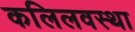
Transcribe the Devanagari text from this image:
कलिलवस्था